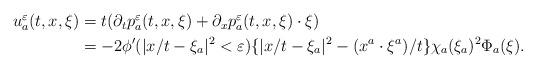
LaTeX: \begin{align*}\begin{aligned}u_a^{\varepsilon}(t,x,\xi)&=t(\partial_tp_a^{\varepsilon}(t,x,\xi)+\partial_x p_a^{\varepsilon}(t,x,\xi)\cdot\xi)\\&=-2\phi'(|x/t-\xi_a|^2<{\varepsilon})\{|x/t-\xi_a|^2-(x^a\cdot\xi^a)/t\} \chi_a(\xi_a)^2\Phi_a(\xi).\end{aligned}\end{align*}